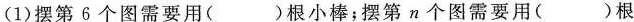
(1)摆第6个图需要用()根小棒;摆第n个图需要用()根